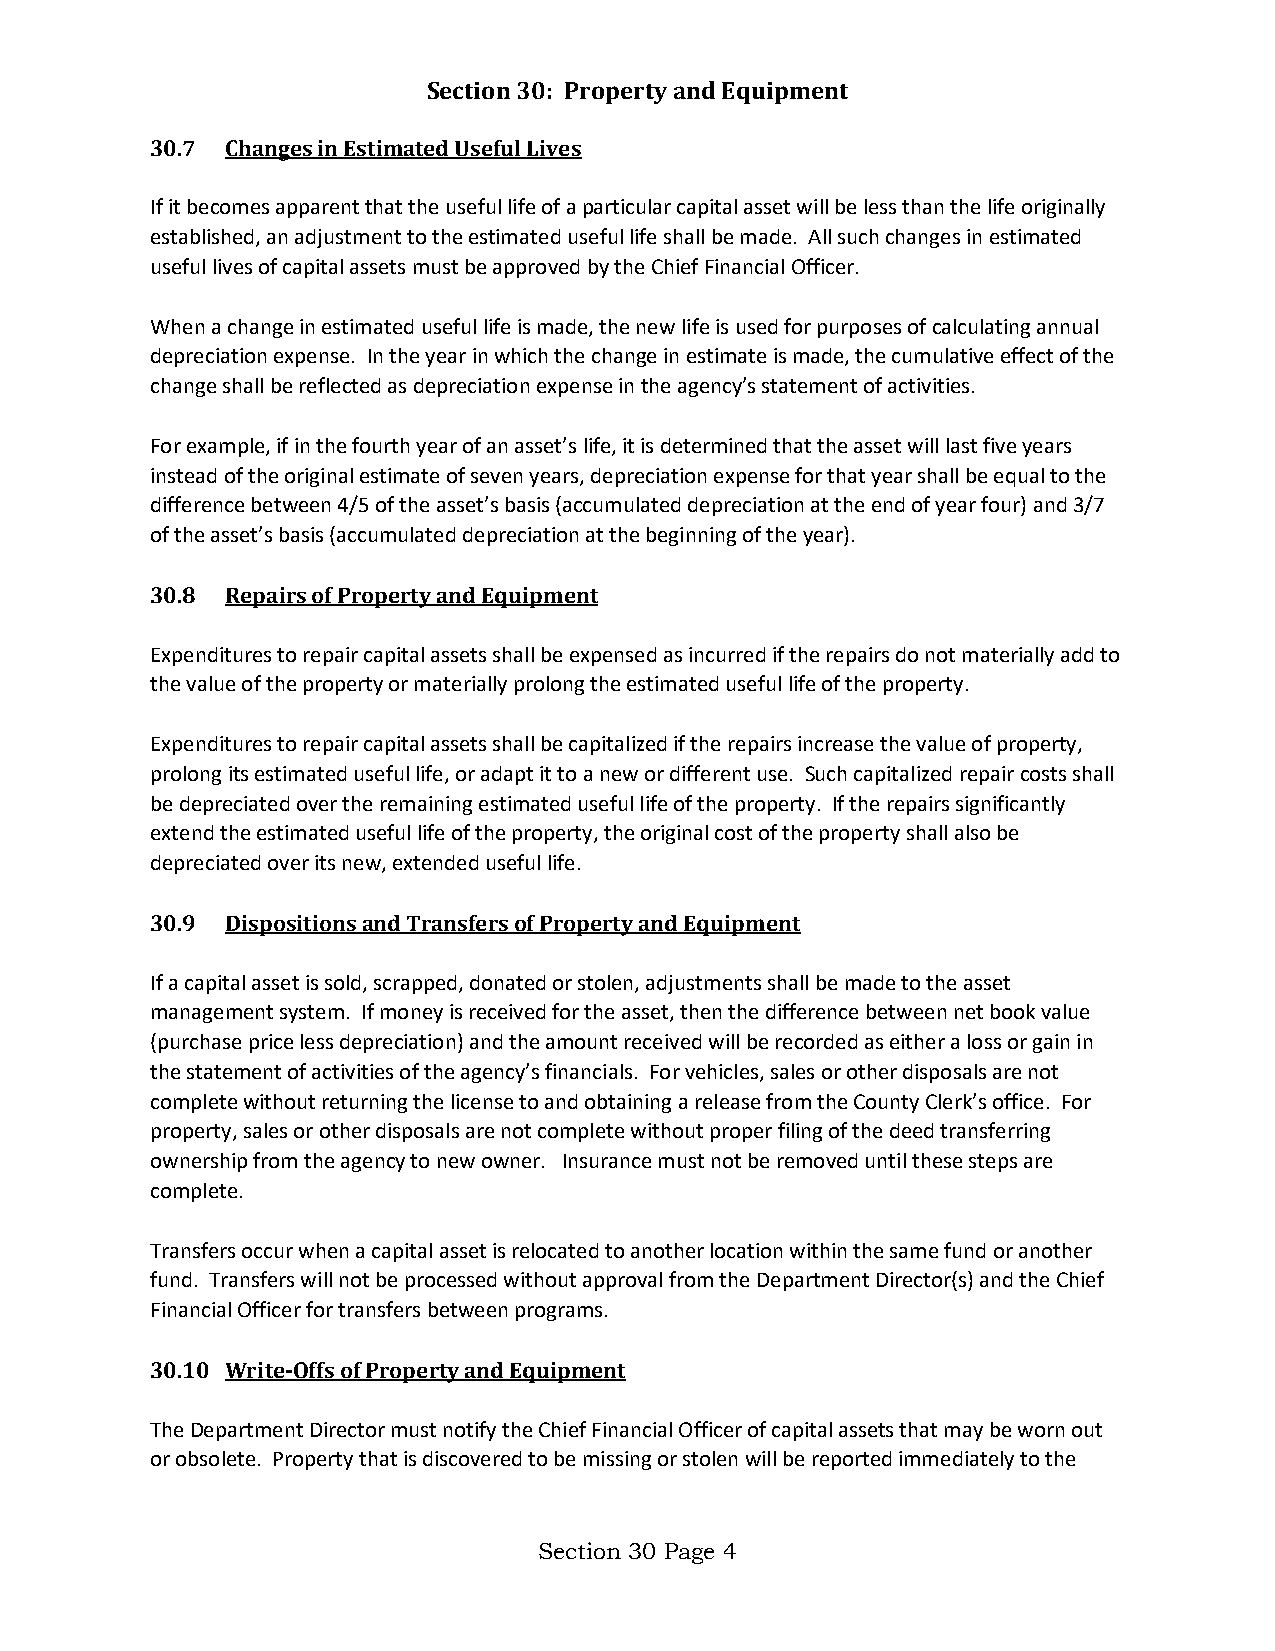
Section 30: Property and Equipment
 30.7 Changes in Estimated Useful Lives
 If it becomes apparent that the useful life of a particular capital asset will be less than the life originally
 established, an adjustment to the estimated useful life shall be made. All such changes in estimated
 useful lives of capital assets must be approved by the Chief Financial Officer.
 When a change in estimated useful life is made, the new life is used for purposes of calculating annual
 depreciation expense. In the year in which the change in estimate is made, the cumulative effect of the
 change shall be reflected as depreciation expense in the agency’s statement of activities.
 For example, if in the fourth year of an asset’s life, it is determined that the asset will last five years
 instead of the original estimate of seven years, depreciation expense for that year shall be equal to the
 difference between 4/5 of the asset’s basis (accumulated depreciation at the end of year four) and 3/7
 of the asset’s basis (accumulated depreciation at the beginning of the year).
 30.8 Repairs of Property and Equipment
 Expenditures to repair capital assets shall be expensed as incurred if the repairs do not materially add to
 the value of the property or materially prolong the estimated useful life of the property.
 Expenditures to repair capital assets shall be capitalized if the repairs increase the value of property,
 prolong its estimated useful life, or adapt it to a new or different use. Such capitalized repair costs shall
 be depreciated over the remaining estimated useful life of the property. If the repairs significantly
 extend the estimated useful life of the property, the original cost of the property shall also be
 depreciated over its new, extended useful life.
 30.9 Dispositions and Transfers of Property and Equipment
 If a capital asset is sold, scrapped, donated or stolen, adjustments shall be made to the asset
 management system. If money is received for the asset, then the difference between net book value
 (purchase price less depreciation) and the amount received will be recorded as either a loss or gain in
 the statement of activities of the agency’s financials. For vehicles, sales or other disposals are not
 complete without returning the license to and obtaining a release from the County Clerk’s office. For
 property, sales or other disposals are not complete without proper filing of the deed transferring
 ownership from the agency to new owner. Insurance must not be removed until these steps are
 complete.
 Transfers occur when a capital asset is relocated to another location within the same fund or another
 fund. Transfers will not be processed without approval from the Department Director(s) and the Chief
 Financial Officer for transfers between programs.
 30.10 Write-Offs of Property and Equipment
 The Department Director must notify the Chief Financial Officer of capital assets that may be worn out
 or obsolete. Property that is discovered to be missing or stolen will be reported immediately to the
 Section 30 Page 4